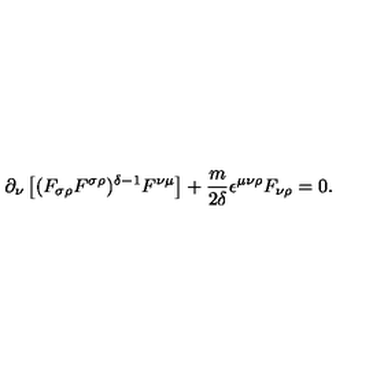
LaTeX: \partial _ { \nu } \left[ ( F _ { \sigma \rho } F ^ { \sigma \rho } ) ^ { \delta - 1 } F ^ { \nu \mu } \right] + \frac { m } { 2 \delta } \epsilon ^ { \mu \nu \rho } F _ { \nu \rho } = 0 .